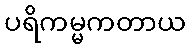
ပရိကမ္မကတာယ